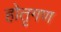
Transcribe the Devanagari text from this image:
होतृगण